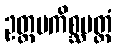
ဥတ္တမကိစ္ဆပတ္တံ